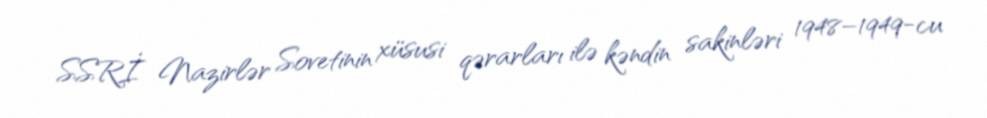
SSRİ Nazirlər Sovetinin xüsusi qərarları ilə kəndin sakinləri 1948–1949-cu